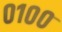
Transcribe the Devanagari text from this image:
०१००